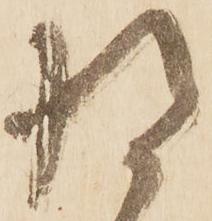
将